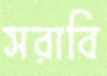
সরাবি